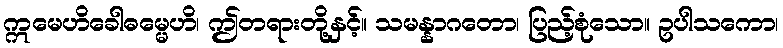
ဣမေဟိခေါဓမ္မေဟိ၊ ဤတရားတို့နှင့်။ သမန္နာဂတော၊ ပြည့်စုံသော။ ဥပါသကော၊